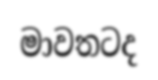
මාවතටද